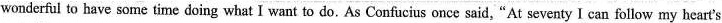
wonderful to have some time doing what I want to do. As Confucius once said,"At seventy I can follow my heart's